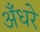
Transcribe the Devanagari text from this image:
अँधरे